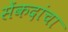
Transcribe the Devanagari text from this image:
सेंकदांचा